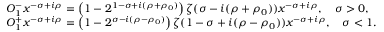
\begin{array} { r l } & { O _ { 1 } ^ { - } x ^ { - \sigma + i \rho } = \left( 1 - 2 ^ { 1 - \sigma + i ( \rho + \rho _ { 0 } ) } \right) \zeta ( \sigma - i ( \rho + \rho _ { 0 } ) ) x ^ { - \sigma + i \rho } , \quad \sigma > 0 , } \\ & { O _ { 1 } ^ { + } x ^ { - \sigma + i \rho } = \left( 1 - 2 ^ { \sigma - i ( \rho - \rho _ { 0 } ) } \right) \zeta ( 1 - \sigma + i ( \rho - \rho _ { 0 } ) ) x ^ { - \sigma + i \rho } , \quad \sigma < 1 . } \end{array}